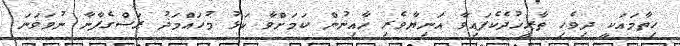
ހިތާމައަކީ ދިވެހި ތާރީޚުދެކެފައިވާ އަނިޔާވެރި ޚާއިނުން ކަމަށްވާ ކަޅު މުހައްމަދު ރަސްގެފާނާ ނުވަވަނަ